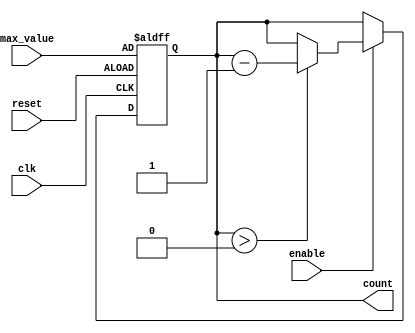
module decremental_counter (
    input wire clk,               // Clock signal
    input wire reset,             // Asynchronous reset signal
    input wire enable,            // Enable signal to allow counting
    input wire [7:0] max_value,   // Configurable maximum value (8-bit for example)
    output reg [7:0] count        // Current count value (8-bit for example)
);

// Asynchronous reset to set count to max_value
always @(posedge clk or posedge reset) begin
    if (reset) begin
        count <= max_value;       // Reset count to max_value
    end else if (enable) begin
        if (count > 0) begin
            count <= count - 1;   // Decrement count
        end
        // If count is 0, it stays at 0 (no need to handle explicitly)
    end
end

endmodule